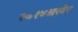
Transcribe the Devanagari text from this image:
२०१४अखेर